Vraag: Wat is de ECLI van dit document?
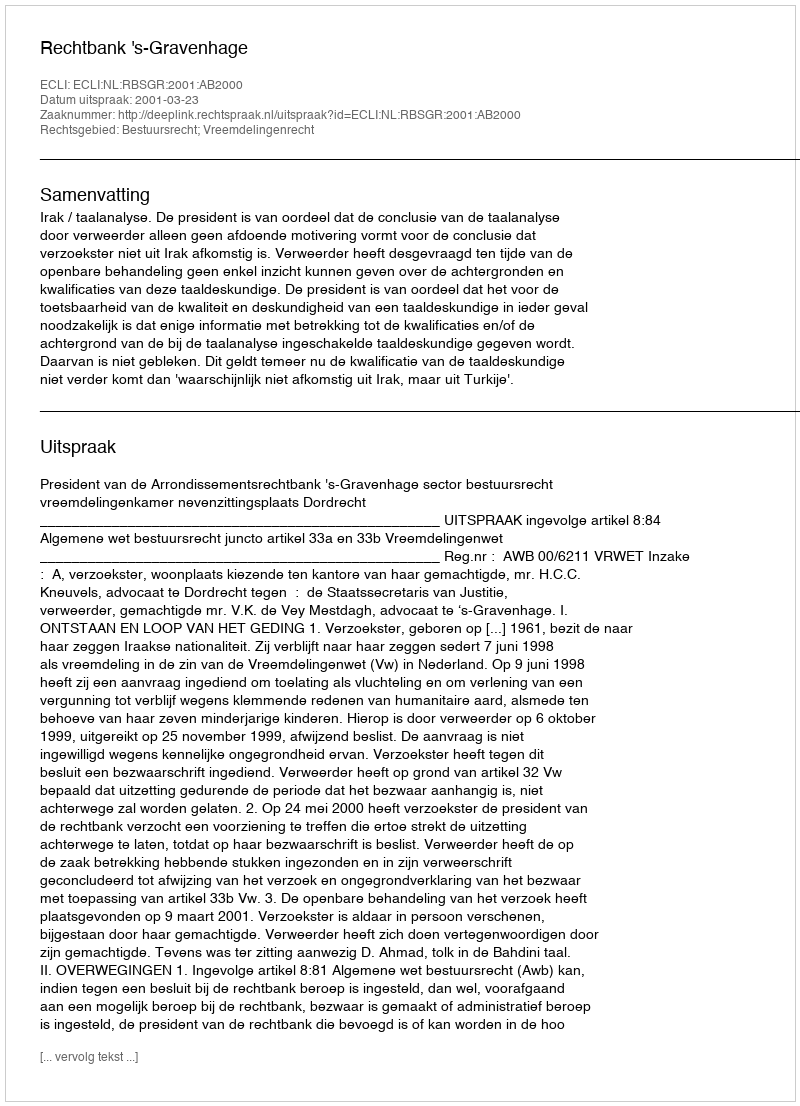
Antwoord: ECLI:NL:RBSGR:2001:AB2000